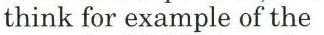
think for example of the